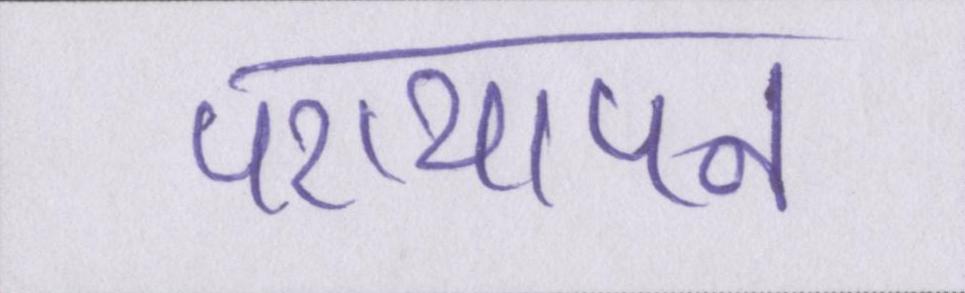
परायापन